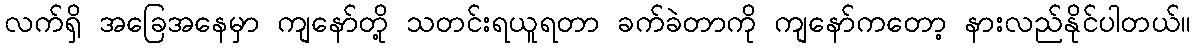
လက်ရှိ အခြေအနေမှာ ကျနော်တို့ သတင်းရယူရတာ ခက်ခဲတာကို ကျနော်ကတော့ နားလည်နိုင်ပါတယ်။